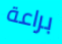
براعة